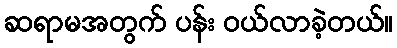
ဆရာမအတွက် ပန်း ဝယ်လာခဲ့တယ်။